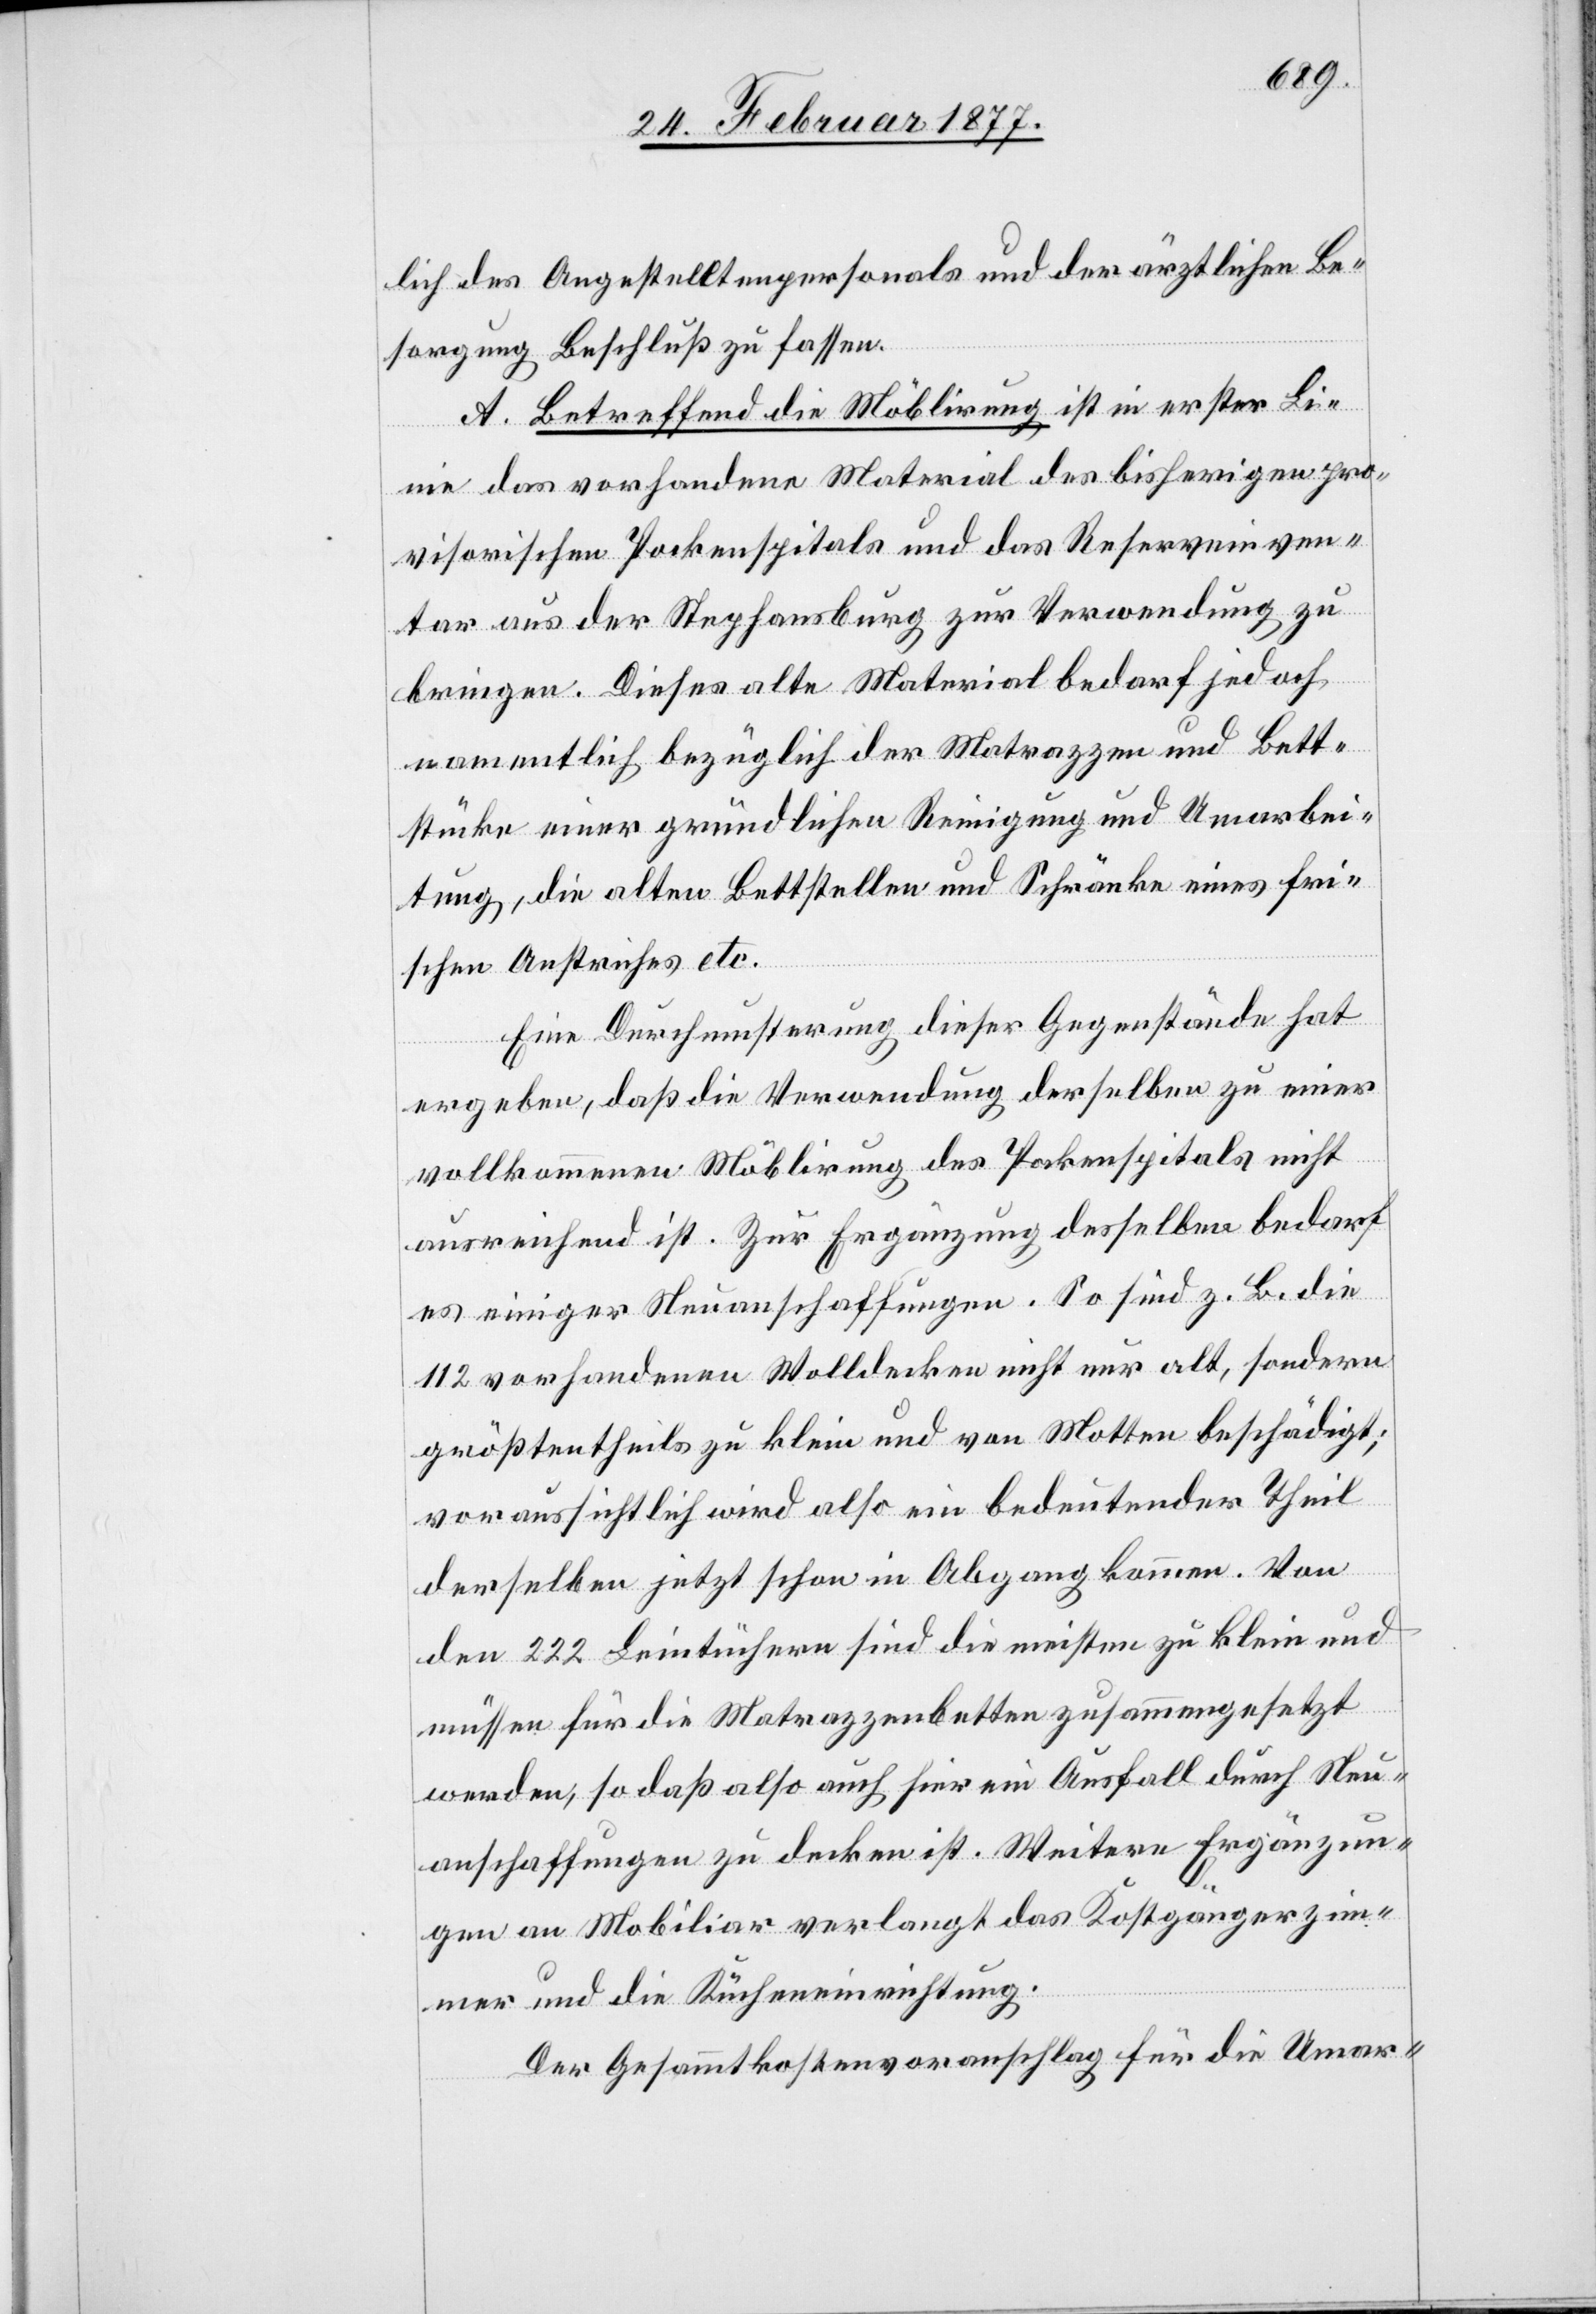
lich des Angestelltenpersonals und der ärztlichen Be¬
sorgung Beschluß zu fassen.
A. Betreffend die Möblirung ist in erster Li¬
nie das vorhandene Material des bisherigen pro¬
visorischen Pockenspitals und das Reserveinven¬
tar aus der Stephansburg zur Verwendung zu
bringen. Dieses alte Material bedarf jedoch
namentlich bezüglich der Matrazzen und Bett¬
stücke einer gründlichen Reinigung und Umarbei¬
tung, die alten Bettstellen und Schränke eines fri¬
schen Anstriches etc.
Eine Durchmusterung dieser Gegenstände hat
ergeben, daß die Verwendung derselben zu einer
vollkommenen Möblirung des Pockenspitals nicht
ausreichend ist. Zur Ergänzung desselben bedarf
es einiger Neuanschaffungen. So sind z. B. die
112 vorhandenen Wolldecken nicht nur alt, sondern
größtentheils zu klein und von Motten beschädigt;
voraussichtlich wird also ein bedeutender Theil
derselben jetzt schon in Abgang kommen. Von
den 222 Leintüchern sind die meisten zu klein und
müssen für die Matrazzenbetten zusammengesetzt
werden, so daß also auch hier ein Ausfall durch Neu¬
anschaffungen zu decken ist. Weitere Ergänzun¬
gen an Mobiliar verlangt das Kostgängerzim¬
mer und die Kücheneinrichtung.
Der Gesammtkostenvoranschlag für die Umar-